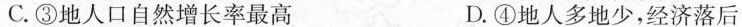
C. ③地人口自然增长率最高 D. ④地人多地少，经济落后